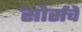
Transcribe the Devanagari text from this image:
सोर्सचे